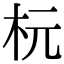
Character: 杬